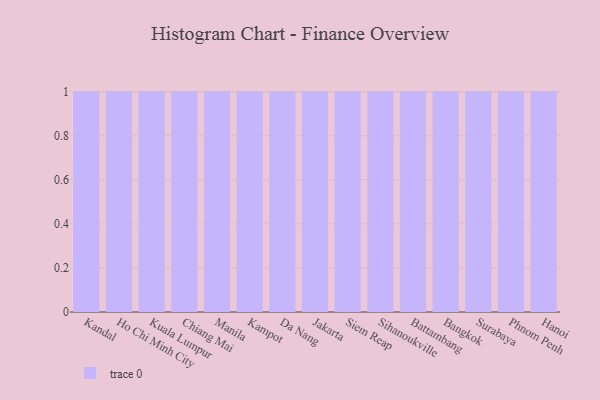
{"axis": {"x": "City", "y": "Temperature (°C)"}, "legend": [""], "data": [{"x": "Kandal", "y": 85, "type": ""}, {"x": "Ho Chi Minh City", "y": 87, "type": ""}, {"x": "Kuala Lumpur", "y": 67, "type": ""}, {"x": "Chiang Mai", "y": 16, "type": ""}, {"x": "Manila", "y": 55, "type": ""}, {"x": "Kampot", "y": 88, "type": ""}, {"x": "Da Nang", "y": 85, "type": ""}, {"x": "Jakarta", "y": 41, "type": ""}, {"x": "Siem Reap", "y": 20, "type": ""}, {"x": "Sihanoukville", "y": 32, "type": ""}, {"x": "Battambang", "y": 69, "type": ""}, {"x": "Bangkok", "y": 36, "type": ""}, {"x": "Surabaya", "y": 14, "type": ""}, {"x": "Phnom Penh", "y": 54, "type": ""}, {"x": "Hanoi", "y": 61, "type": ""}]}